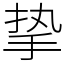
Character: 挚